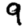
Digit: 9